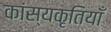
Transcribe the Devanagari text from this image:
कांस्यकृतियाँ